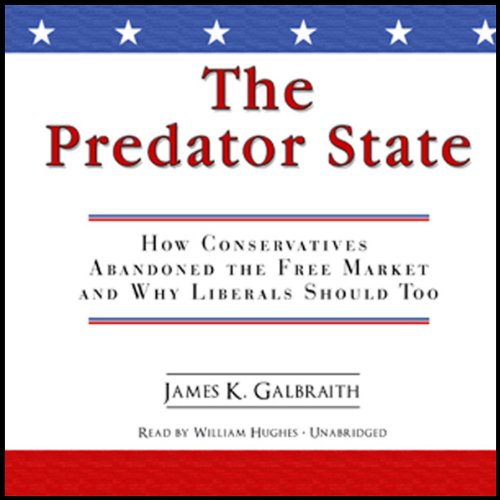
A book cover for The Predator State: How Conservatives Abandoned the Free Market and Why Liberals Should Too; James K. Galbraith; Business & Money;